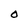
Character: O